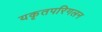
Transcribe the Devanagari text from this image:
यकृतपरिगलन